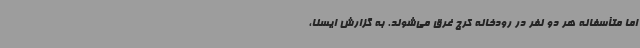
اما متأسفانه هر دو نفر در رودخانه کرج غرق می‌شوند. به گزارش ایسنا،